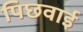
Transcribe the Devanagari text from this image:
पिछवाई